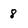
Character: 8